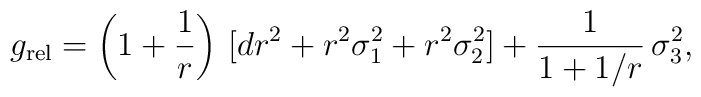
{g}_{\rm rel}=\left(1+\frac{1}{r}\right)\,[dr^2+r^2\sigma_1^2+r^2\sigma_2^2]+\frac{1}{1+1/r}\,\sigma_3^2,